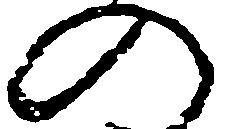
の